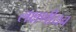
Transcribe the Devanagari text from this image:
लक्षणीयच